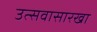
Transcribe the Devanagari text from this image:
उत्सवासारखा